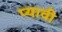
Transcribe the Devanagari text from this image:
प्यावी